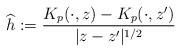
LaTeX: \begin{align*}\widehat{h}:=\frac{K_p(\cdot,z)-K_p(\cdot,z')}{|z-z'|^{1/2}}\end{align*}